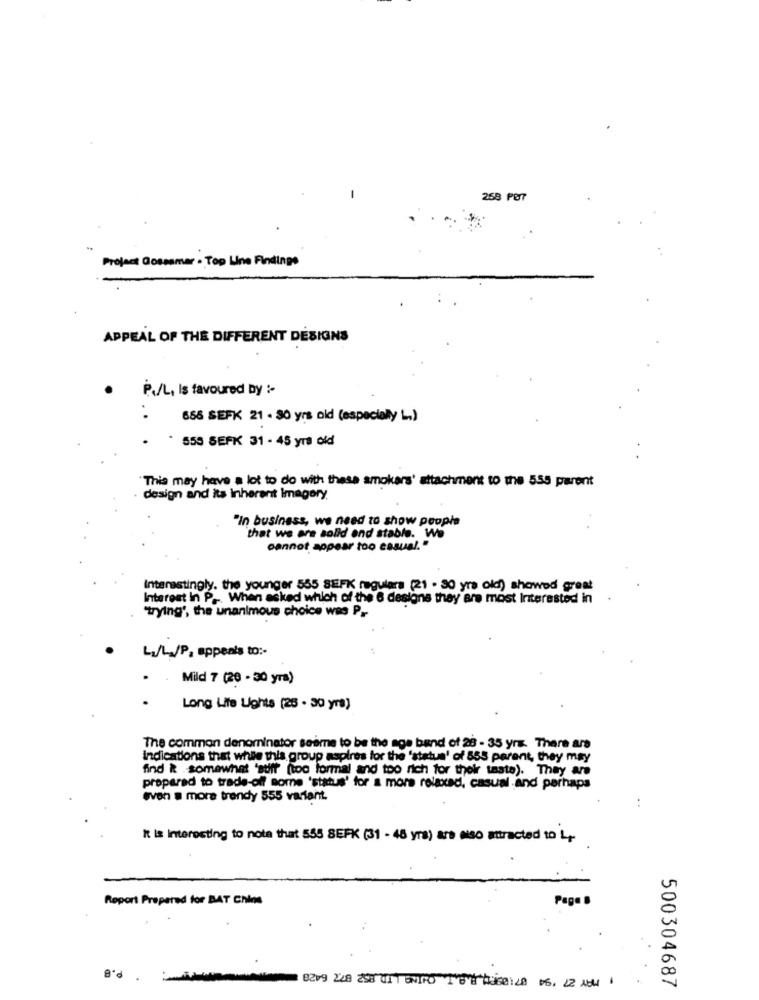
258 PØ7
Project Gossamer . Top Line Findings
APPEAL OF THE DIFFERENT DESIGNS
P./L, Is favoured by :-
668 SEFK 21 - 30 yrs old (especially L.)
559 SEFK 31 - 45 yrs old
This may have a lot to do with these smokers' attachment to the 555 parent
design and its inherent Imagery.
"In business, we need to show people
that we are solid end stable. We
cannot appear too ensual."
Interestingly. the younger 555 SEFK regulars (21 . 30 yra old) showed great
Interest in P ... When asked which of the 6 designs they are most Interested in
"trying', the unanimous choice was P .-
L1/L./P, appenis to :-
..
Mild 7 (20 - 30 yra)
Long Life Lights (25 - 30 yrs)
The common denominator seime to be the age band of 28 - 35 yrs. There are
Indications that while this group aspires for the 'statue' of 855 parent, they may
find k .somewhat 'stif (too formal and too rich for their taste). They are
prepared to trade-off some 'status' for a more relaxed, casual and perhaps
even a more trendy 555 variant.
.. .
It is interesting to note that 555 SEPK (31 - 46 yrs) are also attracted to L.
Report Prepared for BAT Chios
Page B
8209 248 258 011 ENIRO T'E"E"Luise: 40 05, 22 AUM
500304687